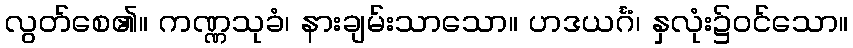
လွတ်စေ၏။ ကဏ္ဏသုခံ၊ နားချမ်းသာသော။ ဟဒယင်္ဂံ၊ နှလုံး၌ဝင်သော။